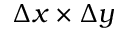
\Delta x \times \Delta y